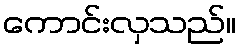
ကောင်းလှသည်။